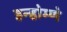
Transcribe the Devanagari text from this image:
इन्होम्णे